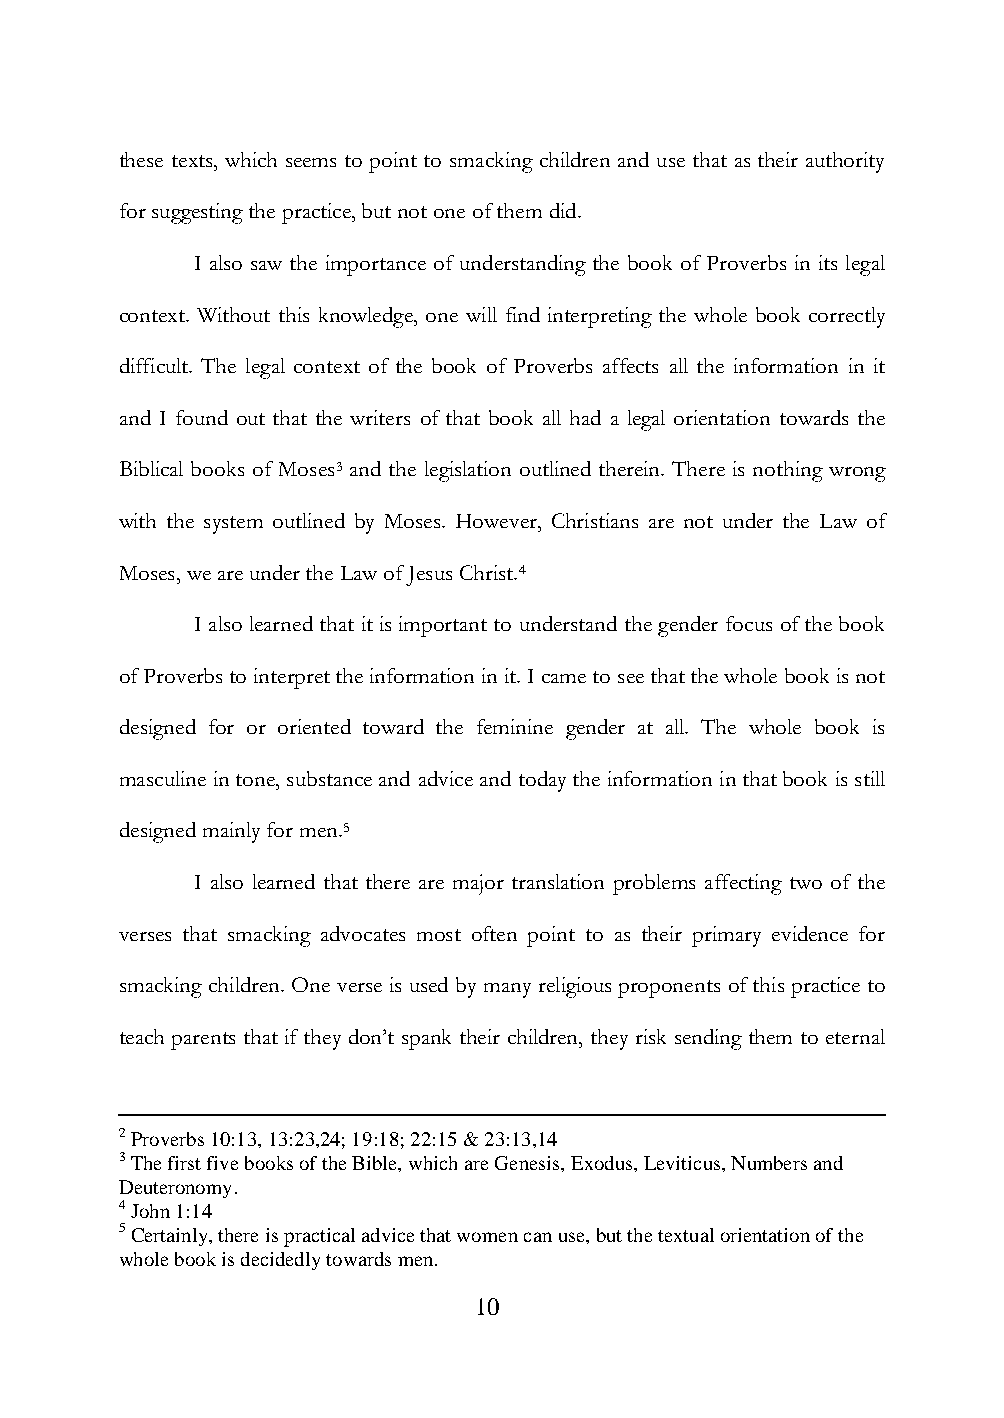
these texts, which seems to point to smacking children and use that as their authority
 for suggesting the practice, but not one of them did.
 I also saw the importance of understanding the book of Proverbs in its legal
 context. Without this knowledge, one will find interpreting the whole book correctly
 difficult. The legal context of the book of Proverbs affects all the information in it
 and I found out that the writers of that book all had a legal orientation towards the
 Biblical books of Moses3 and the legislation outlined therein. There is nothing wrong
 with the system outlined by Moses. However, Christians are not under the Law of
 Moses, we are under the Law of Jesus Christ.4
 I also learned that it is important to understand the gender focus of the book
 of Proverbs to interpret the information in it. I came to see that the whole book is not
 designed for or oriented toward the feminine gender at all. The whole book is
 masculine in tone, substance and advice and today the information in that book is still
 designed mainly for men.5
 I also learned that there are major translation problems affecting two of the
 verses that smacking advocates most often point to as their primary evidence for
 smacking children. One verse is used by many religious proponents of this practice to
 teach parents that if they don‟t spank their children, they risk sending them to eternal
 2 Proverbs 10:13, 13:23,24; 19:18; 22:15 & 23:13,14
 3 The first five books of the Bible, which are Genesis, Exodus, Leviticus, Numbers and
 Deuteronomy.
 4 John 1:14
 5 Certainly, there is practical advice that women can use, but the textual orientation of the
 whole book is decidedly towards men.
 10